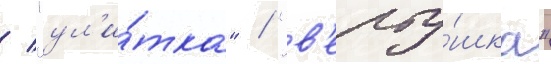
/ "ул'и́тка" / "в'ерту́шка"